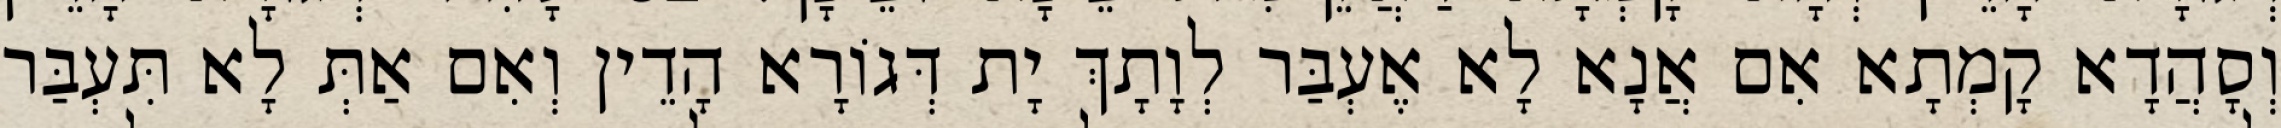
וְסָהֲדָא קָמְתָא אִם אֲנָא לָא אֶעְבַּר לְוָתָךְ יָת דְּגוֹרָא הָדֵין וְאִם אַתְּ לָא תִּעְבַּר